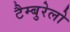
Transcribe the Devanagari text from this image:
टैम्बुरेलो